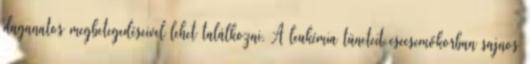
daganatos megbetegedéseivel lehet találkozni. A leukémia tüneteit csecsemőkorban sajnos